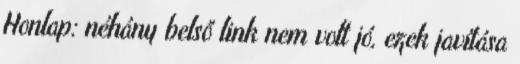
Honlap: néhány belső link nem volt jó, ezek javítása